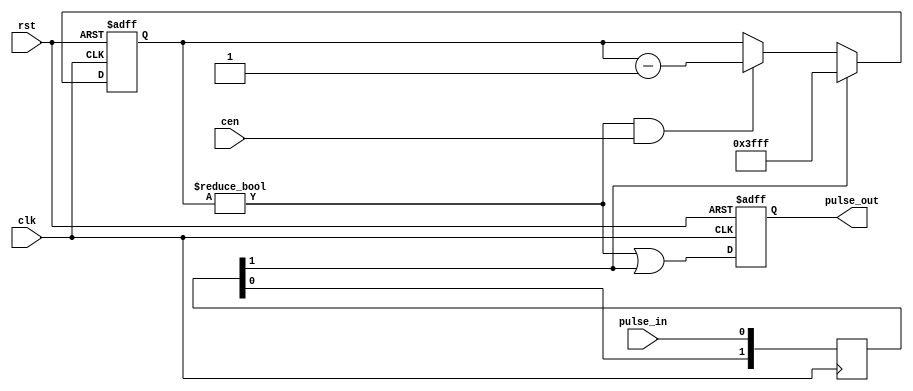
// This program was cloned from: https://github.com/atrac17/Toaplan2
// License: GNU General Public License v3.0

/* This file is part of JTFRAME.


    JTFRAME program is free software: you can redistribute it and/or modify
    it under the terms of the GNU General Public License as published by
    the Free Software Foundation, either version 3 of the License, or
    (at your option) any later version.

    JTFRAME program is distributed in the hope that it will be useful,
    but WITHOUT ANY WARRANTY; without even the implied warranty of
    MERCHANTABILITY or FITNESS FOR A PARTICULAR PURPOSE.  See the
    GNU General Public License for more details.

    You should have received a copy of the GNU General Public License
    along with JTFRAME.  If not, see <http://www.gnu.org/licenses/>.

    Author: Jose Tejada Gomez. Twitter: @topapate
    Version: 1.0
    Date: 13-1-2021

*/

module jtframe_enlarger(
    input      rst,
    input      clk,
    input      cen,
    input      pulse_in,
    output reg pulse_out
);

parameter W=14;

localparam [W-1:0] ZERO={W{1'b0}};

reg  [W-1:0] cnt;
reg  [1:0] pin_s;
wire       psync;

assign psync = pin_s[1];

// synchronizer as pulse_in may come from
// a different domain
always @(posedge clk) begin
    pin_s <= { pin_s[0], pulse_in };
end

always @(posedge clk, posedge rst) begin
    if(rst) begin
        cnt       <= ~ZERO;
        pulse_out <= 0;
    end else begin
        pulse_out <= cnt != ZERO || psync;
        if( psync )
            cnt <= ~ZERO;
        else if( cnt!=ZERO && cen )
            cnt <= cnt - 1'd1;
    end
end


endmodule